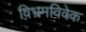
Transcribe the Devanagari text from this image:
विभ्रमविवेक